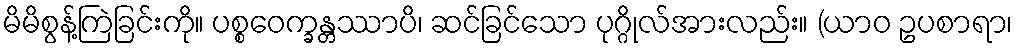
မိမိစွန့်ကြဲခြင်းကို။ ပစ္စဝေက္ခန္တဿာပိ၊ ဆင်ခြင်သော ပုဂ္ဂိုလ်အားလည်း။ (ယာဝ ဥပစာရာ၊